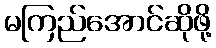
မကြည်အောင်ဆိုဖို့